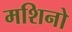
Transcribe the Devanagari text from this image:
मशिनो